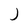
Character: J